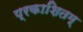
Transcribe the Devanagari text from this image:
प्रकाशितम्